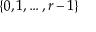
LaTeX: \{ 0 , 1 , \ldots , r - 1 \}